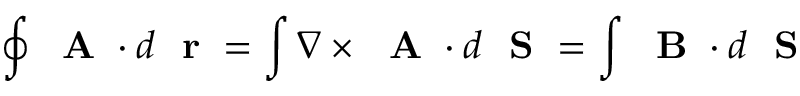
\oint \mathrm { ~ \bf ~ A ~ } \cdot d \mathrm { ~ \bf ~ r ~ } = \int \nabla \times \mathrm { ~ \bf ~ A ~ } \cdot d \mathrm { ~ \bf ~ S ~ } = \int \mathrm { ~ \bf ~ B ~ } \cdot d \mathrm { ~ \bf ~ S ~ }